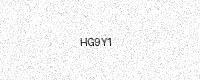
Text: HG9Y1